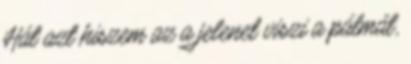
Hát azt hiszem az a jelenet viszi a pálmát,